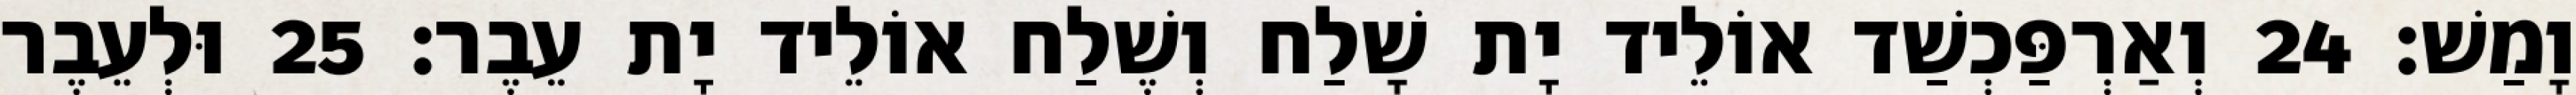
וָמַשׁ׃ 24 וְאַרְפַּכְשַׁד אוֹלֵיד יָת שָׁלַח וְשֶׁלַח אוֹלֵיד יָת עֵבֶר׃ 25 וּלְעֵבֶר